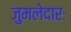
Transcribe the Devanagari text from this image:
जुमलेदारः